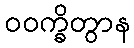
ဝဝက္ခိတွာန